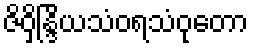
ဇိဝှိန္ဒြိယသံဝရသံဝုတော